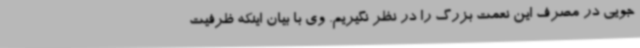
جویی در مصرف این نعمت بزرگ را در نظر نگیریم. وی با بیان اینکه ظرفیت